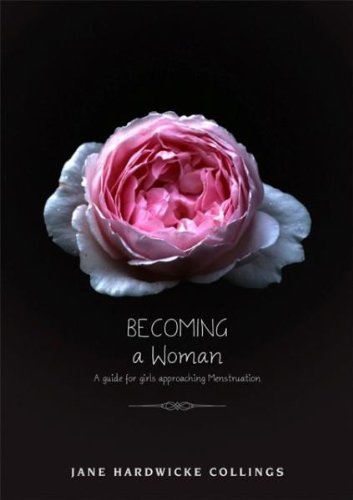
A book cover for Becoming a Woman: A Guide for Girls Approaching Menstruation; Jane Hardwicke Collings; Health, Fitness & Dieting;